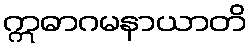
ဣဓာဂမနာယာတိ